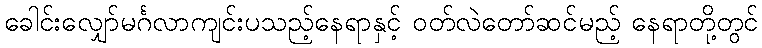
ခေါင်းလျှော်မင်္ဂလာကျင်းပသည့်နေရာနှင့် ဝတ်လဲတော်ဆင်မည့် နေရာတို့တွင်